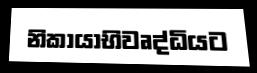
නිකායාභිවෘද්ධියට